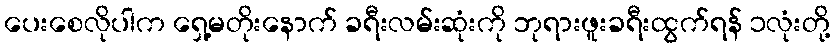
ပေးစေလိုပါက ရှေ့မတိုးနောက် ခရီးလမ်းဆုံးကို ဘုရားဖူးခရီးထွက်ရန် ၁လုံးတို့